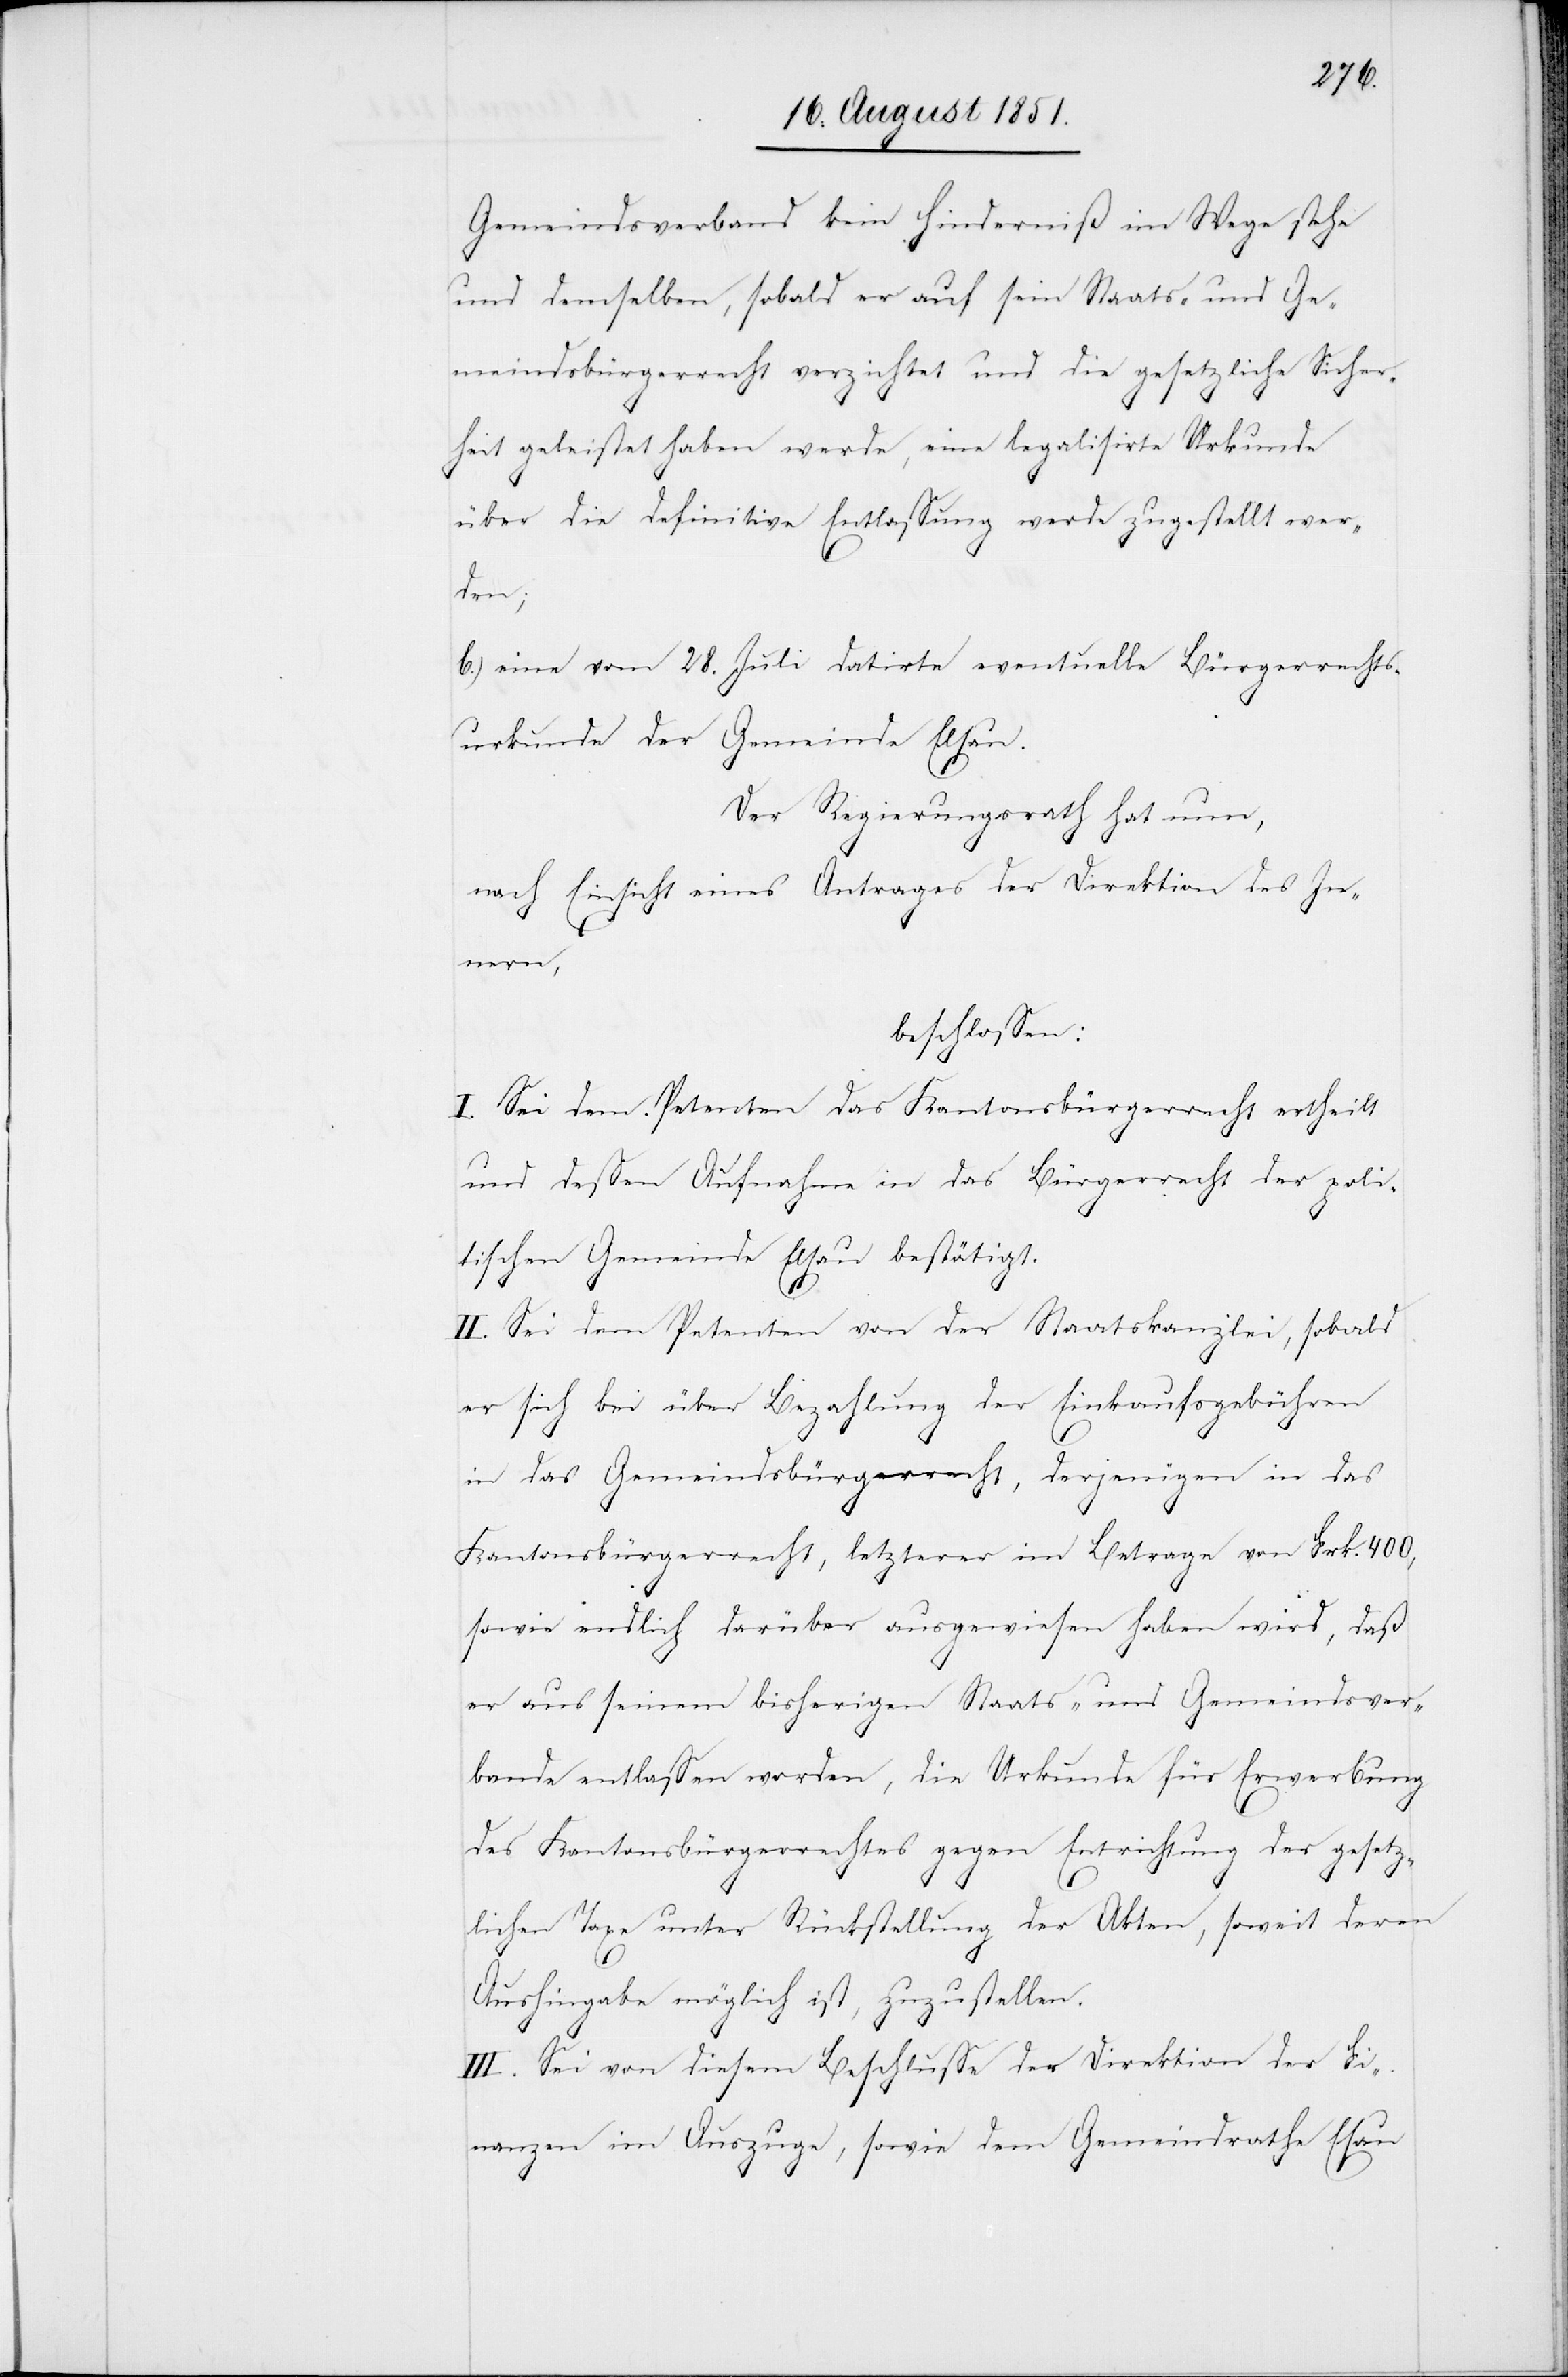
Gemeindsverband kein Hinderniß im Wege stehe
und demselben, sobald er auf sein Staats- und Ge¬
meindsbürgerrecht verzichtet und die gesetzliche Sicher¬
heit geleistet haben werde, eine legalisirte Urkunde
über die definitive Entlassung werde zugestellt wer¬
den;
eine vom 28. Juli datirte eventuelle Bürgerrechts¬
urkunde der Gemeinde Elsau.
Der Regierungsrath hat nun,
nach Einsicht eines Antrages der Direktion des In¬
nern,
beschlossen:
I. Sei dem Petenten das Kantonsbürgerrecht ertheilt
und dessen Aufnahme in das Bürgerrecht der poli¬
tischen Gemeinde Elsau bestätigt.
II. Sei dem Petenten von der Staatskanzlei, sobald
er sich bei [ihr] über Bezahlung der Einkaufsgebühren
in das Gemeindsbürgerrecht, derjenigen in das
Kantonsbürgerrecht, letzterer im Betrage von Frk. 400,
6.)
sowie endlich darüber ausgewiesen haben wird, daß
er aus seinem bisherigen Staats- und Gemeindsver¬
bande entlassen worden, die Urkunde für Erwerbung
des Kantonsbürgerrechtes gegen Entrichtung der gesetz¬
lichen Taxe unter Rückstellung der Akten, soweit deren
Aushingabe möglich ist, zuzustellen.
III. Sei von diesem Beschlusse der Direktion der Fi¬
nanzen im Auszuge, sowie dem Gemeindrathe E[l]sau